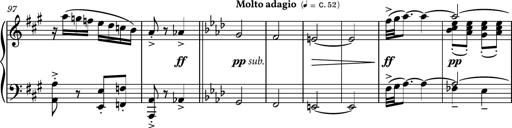
Title: Piano Sonatina No.6
Composer: Dimitri Sykias
Key: A major